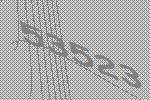
53523